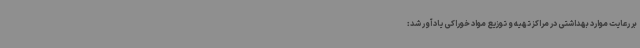
بر رعایت موارد بهداشتی در مراکز تهیه و توزیع مواد خوراکی یادآور شد: